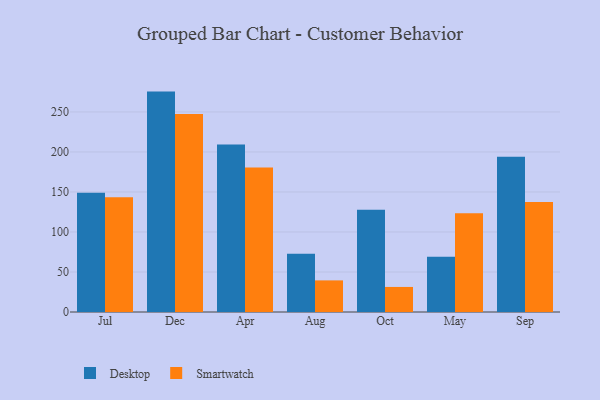
{"axis": {"x": "Month", "y": "Bounce Rate (%)"}, "legend": ["Desktop", "Smartwatch"], "data": [{"x": "Jul", "y": 148.9, "type": "Desktop"}, {"x": "Jul", "y": 143.4, "type": "Smartwatch"}, {"x": "Dec", "y": 275.4, "type": "Desktop"}, {"x": "Dec", "y": 247.5, "type": "Smartwatch"}, {"x": "Apr", "y": 209.4, "type": "Desktop"}, {"x": "Apr", "y": 180.5, "type": "Smartwatch"}, {"x": "Aug", "y": 72.8, "type": "Desktop"}, {"x": "Aug", "y": 39.5, "type": "Smartwatch"}, {"x": "Oct", "y": 127.8, "type": "Desktop"}, {"x": "Oct", "y": 31.3, "type": "Smartwatch"}, {"x": "May", "y": 69.1, "type": "Desktop"}, {"x": "May", "y": 123.4, "type": "Smartwatch"}, {"x": "Sep", "y": 194.1, "type": "Desktop"}, {"x": "Sep", "y": 137.6, "type": "Smartwatch"}]}